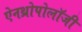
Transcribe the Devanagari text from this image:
ऐनथ्रोपोलॉजी